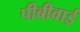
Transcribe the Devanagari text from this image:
पीबीवाई